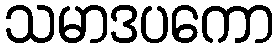
သမာဒပကော